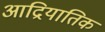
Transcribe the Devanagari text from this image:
आद्रियातिक